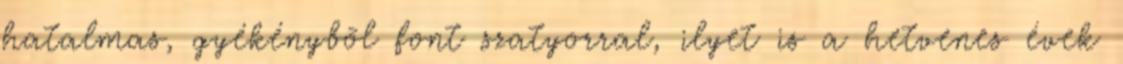
hatalmas, gyékénybõl font szatyorral, ilyet is a hetvenes évek